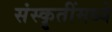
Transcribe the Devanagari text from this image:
संस्कॄतींमध्ये